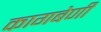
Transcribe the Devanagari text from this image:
कागबेणी